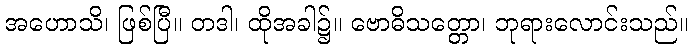
အဟောသိ၊ ဖြစ်ပြီ။ တဒါ၊ ထိုအခါ၌။ ဗောဓိသတ္တော၊ ဘုရားလောင်းသည်။